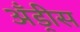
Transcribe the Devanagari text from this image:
अँड्रीस